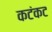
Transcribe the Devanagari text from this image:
कटंकट